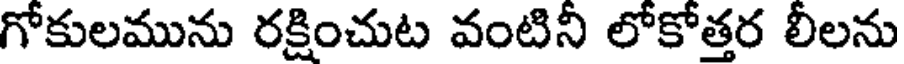
గోకులమును రక్షించుట వంటిని లోకోత్తర లీలను